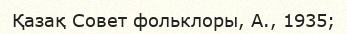
Қазақ Совет фольклоры, А., 1935;